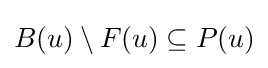
B(u)\setminus F(u)\subseteq P(u)